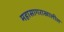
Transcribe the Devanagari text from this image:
महासागराखालील